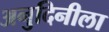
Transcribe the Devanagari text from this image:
अनुदिनीला